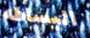
البساطه